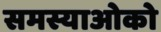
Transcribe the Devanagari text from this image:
समस्याओको